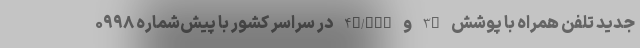
جدید تلفن همراه با پوشش 3G و 4G/LTE در سراسر کشور با پیش‌شماره ۰۹۹۸